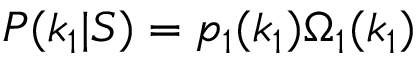
P ( k _ { 1 } | S ) = p _ { 1 } ( k _ { 1 } ) \Omega _ { 1 } ( k _ { 1 } )